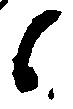
候